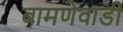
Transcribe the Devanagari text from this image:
बामणेवाडी